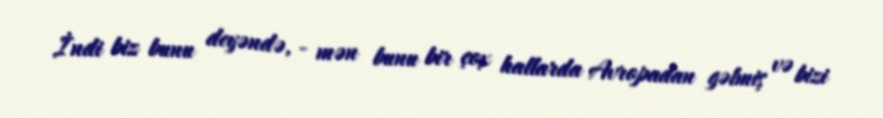
İndi biz bunu deyəndə, - mən bunu bir çox hallarda Avropadan gəlmiş və bizi